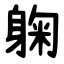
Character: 躹